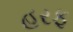
હરફ